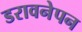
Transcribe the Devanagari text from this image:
डरावनेपन